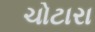
ચોટારા